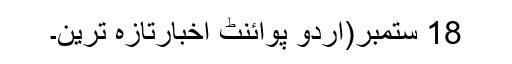
18 ستمبر(اُردو پوائنٹ اخبارتازہ ترین۔